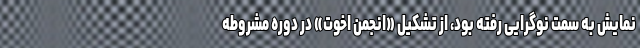
نمایش به سمت نوگرایی رفته بود، از تشکیل «انجمن اخوت» در دوره مشروطه